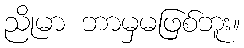
ညိုမာ ဘာမှမဖြစ်ဘူး။